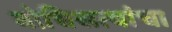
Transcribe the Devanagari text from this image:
बोधिसत्वांचा